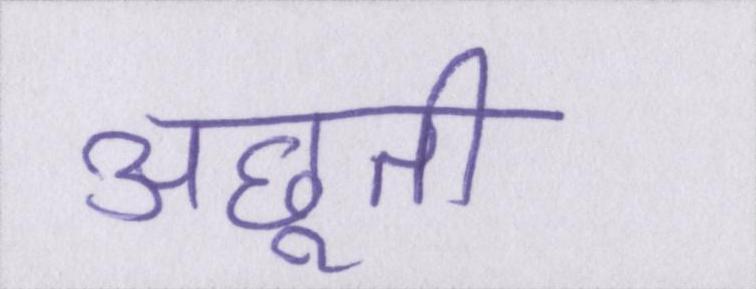
अछूती